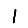
Digit: 1